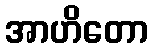
အာဟိတော